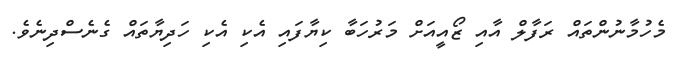
މެހުމާނުންތައް ރަފާލް އާއި ޒޯއީއަށް މަރުހަބާ ކިޔާފައި އެކި އެކި ހަދިޔާތައް ގެނެސްދިނެވެ.